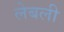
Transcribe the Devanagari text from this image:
लेबली